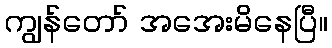
ကျွန်တော် အအေးမိနေပြီ။